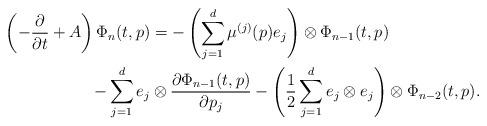
LaTeX: \begin{align*} \left(-\frac{\partial}{\partial t}+A\right)\Phi_n(t, p) &= -\left(\sum_{j=1}^d \mu^{(j)}(p)e_j\right)\otimes \Phi_{n-1}(t, p) \\ - \sum_{j=1}^de_j&\otimes\frac{\partial \Phi_{n-1}(t, p)}{\partial p_j} - \left( \frac{1}{2}\sum_{j=1}^d e_{j}\otimes e_{j} \right)\otimes \Phi_{n-2}(t, p).\end{align*}